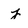
Character: j